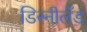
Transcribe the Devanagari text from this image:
डिस्नीलँड